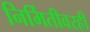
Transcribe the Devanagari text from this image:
निर्मितीवरही